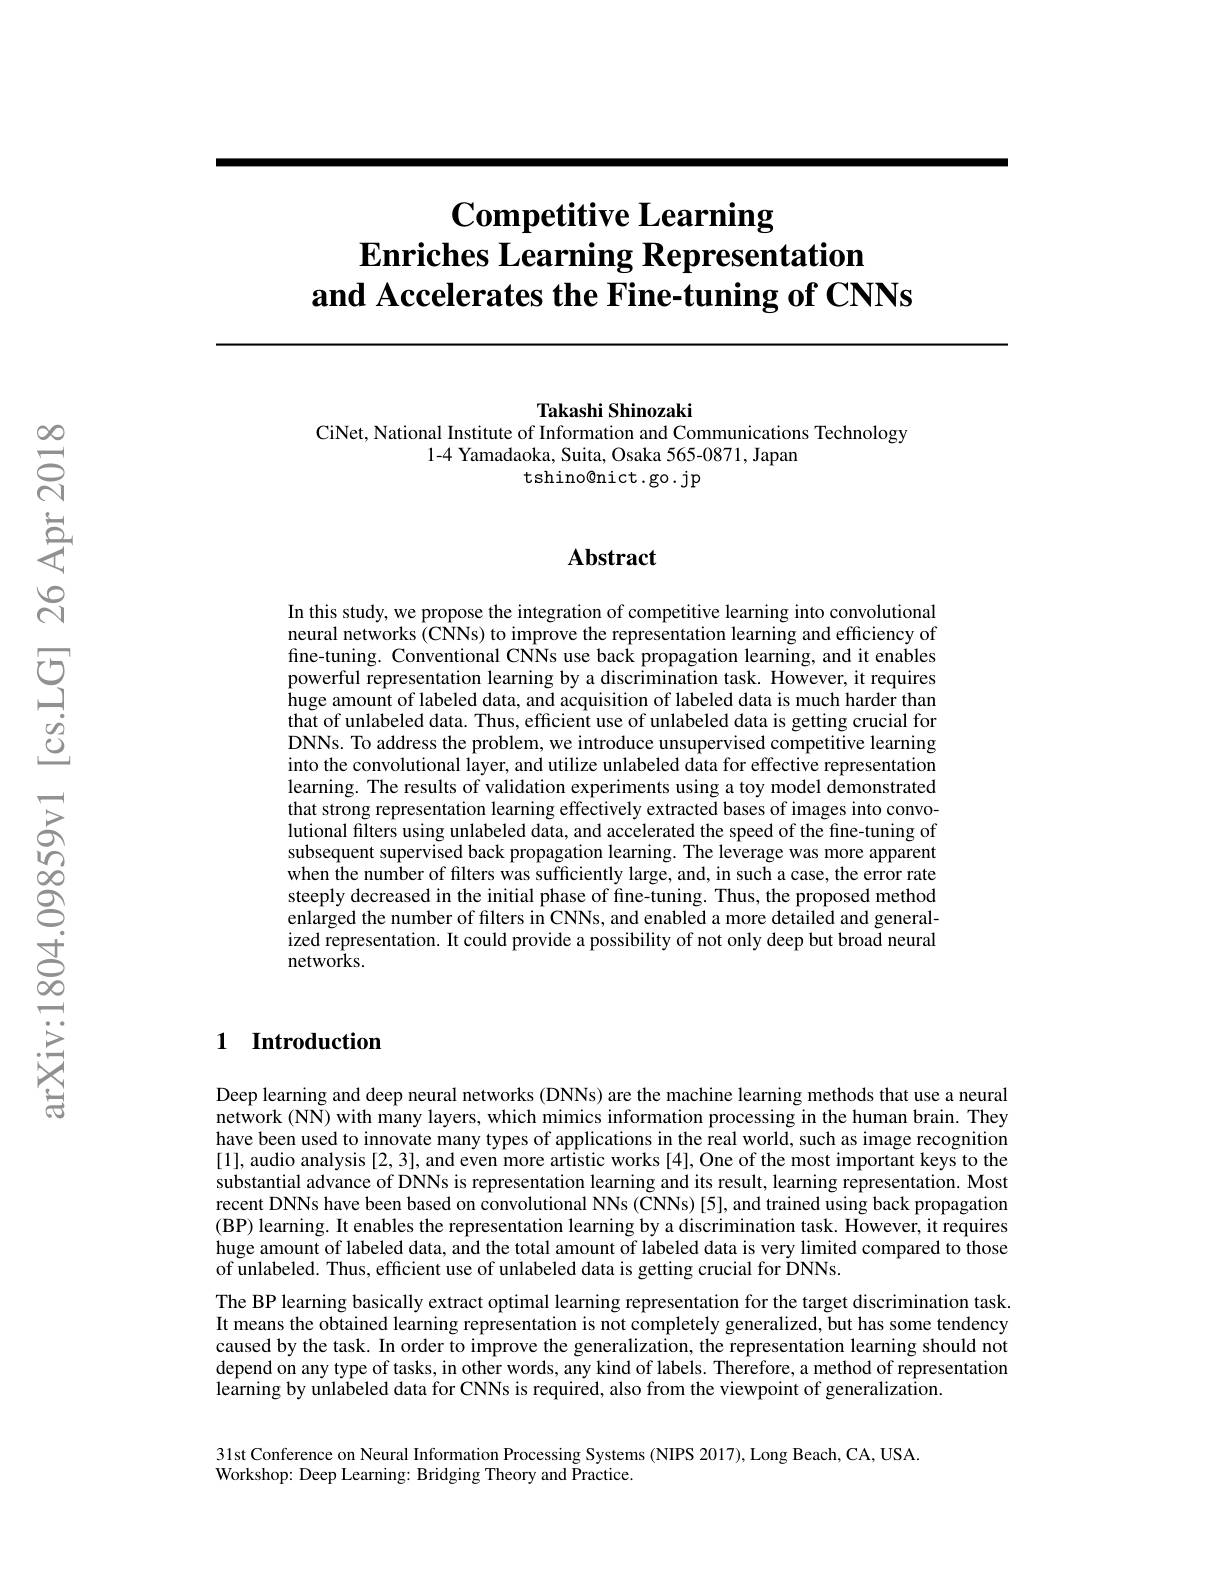
# $\textbf{Competitive Learning}$ $\textbf{Enriches Learning Representation}$ and Accelerates the Fine-tuning of CNNs

Takashi Shinozaki
CiNet, National Institute of Information and Communications Technology
1-4 Yamadaoka, Suita, Osaka 565-0871, Japan
tshino@nict.go.jp

## $\mathbf{Abstract}$

In this study, we propose the integration of competitive learning into convolutional neural networks (CNNs) to improve the representation learning and efficiency of fine-tuning. Conventional CNNs use back propagation learning, and it enables powerful representation learning by a discrimination task. However, it requires huge amount of labeled data, and acquisition of labeled data is much harder than that of unlabeled data. Thus, efficient use of unlabeled data is getting crucial for DNNs. To address the problem, we introduce unsupervised competitive learning into the convolutional layer, and utilize unlabeled data for effective representation learning. The results of validation experiments using a toy model demonstrated that strong representation learning effectively extracted bases of images into convolutional filters using unlabeled data, and accelerated the speed of the fine-tuning of subsequent supervised back propagation learning. The leverage was more apparent when the number of filters was sufficiently large, and, in such a case, the error rate steeply decreased in the initial phase of fine-tuning. Thus, the proposed method enlarged the number of filters in CNNs, and enabled a more detailed and generalized representation. It could provide a possibility of not only deep but broad neural networks.

## 1 Introduction

Deep learning and deep neural networks (DNNs) are the machine learning methods that use a neural network (NN) with many layers, which mimics information processing in the human brain. They have been used to innovate many types of applications in the real world, such as image recognition [1],audio analysis [2,3],and even more artistic works[ 4] , One of the most important keys to the substantial advance of DNNs is representation learning and its result, learning representation. Most recent DNNs have been based on convolutional NNs (CNNs)[5], and trained using back propagation (BP) learning. It enables the representation learning by a discrimination task. However, it requires huge amount of labeled data, and the total amount of labeled data is very limited compared to those of unlabeled. Thus, effcient use of unlabeled data is getting crucial for DNNs.
The BP learning basically extract optimal learning representation for the target discrimination task. It means the obtained learning representation is not completely generalized, but has some tendency caused by the task. In order to improve the generalization, the representation learning should not depend on any type of tasks, in other words, any kind of labels. Therefore, a method of representation learning by unlabeled data for CNNs is required, also from the viewpoint of generalization.

31st Conference on Neural Information Processing Systems (NIPS 2017),Long Beach, CA, USA.
Workshop: Deep Learning: Bridging Theory and Practice.